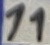
Text: 11